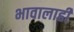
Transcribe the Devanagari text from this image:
भावालाही